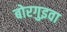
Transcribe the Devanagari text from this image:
बोरगुइवा